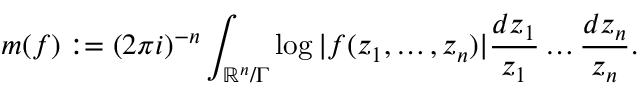
m ( f ) : = ( 2 \pi i ) ^ { - n } \int _ { \mathbb { R } ^ { n } / \Gamma } \log | f ( z _ { 1 } , \dots , z _ { n } ) | { \frac { d z _ { 1 } } { z _ { 1 } } } \dots { \frac { d z _ { n } } { z _ { n } } } .